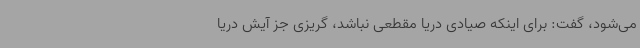
می‌شود، گفت: برای اینکه صیادی دریا مقطعی نباشد، گریزی جز آیش دریا